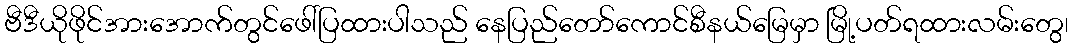
ဗီဒီယိုဖိုင်အားအောက်တွင်ဖေါ်ပြထားပါသည် နေပြည်တော်ကောင်စီနယ်မြေမှာ မြို့ပတ်ရထားလမ်းတွေ၊